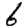
Digit: 6